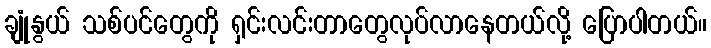
ချုံနွယ် သစ်ပင်တွေကို ရှင်းလင်းတာတွေလုပ်လာနေတယ်လို့ ပြောပါတယ်။